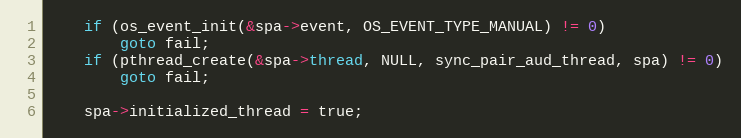
Language: C
	if (os_event_init(&spa->event, OS_EVENT_TYPE_MANUAL) != 0)
		goto fail;
	if (pthread_create(&spa->thread, NULL, sync_pair_aud_thread, spa) != 0)
		goto fail;

	spa->initialized_thread = true;